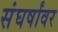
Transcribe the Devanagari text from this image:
संघर्षांवर